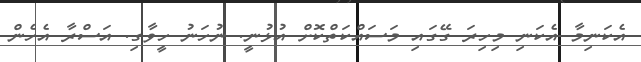
އެކަނިމާ އެކަނި މިހިރަ ގޭގައި މަސައްކަތްކޮށް އުޅުނީ. ނުހަނު ހީވާގި. އަސްރާ އެހެން